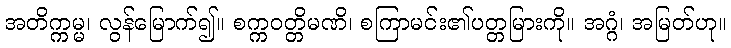
အတိက္ကမ္မ၊ လွန်မြောက်၍။ စက္ကဝတ္တိမဏိ၊ စကြာမင်း၏ပတ္တမြားကို။ အဂ္ဂံ၊ အမြတ်ဟု။